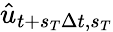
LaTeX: \hat{u}_{t+s_{T}\Delta t,s_{T}}